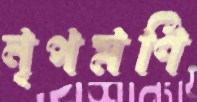
নৃপমণি